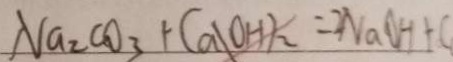
N a _ { 2 } C O _ { 3 } + C a ( O H ) _ { 2 } = 2 N a O H + C